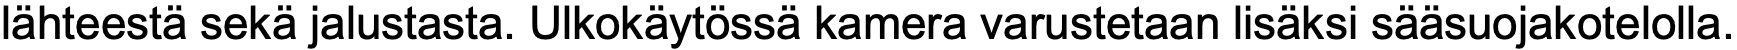
lähteestä sekä jalustasta. Ulkokäytössä kamera varustetaan lisäksi sääsuojakotelolla.